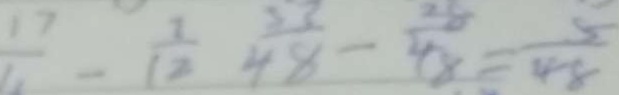
\frac { 1 7 } { 1 1 } - \frac { 1 } { 1 2 } \frac { 5 3 } { 4 8 } - \frac { 2 8 } { 4 8 } = \frac { 5 } { 4 8 }